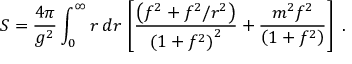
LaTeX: S = { \frac { 4 \pi } { g ^ { 2 } } } \int _ { 0 } ^ { \infty } r \, d r \, \left[ { \frac { \left( f ^ { 2 } + f ^ { 2 } / r ^ { 2 } \right) } { \left( 1 + f ^ { 2 } \right) ^ { 2 } } } + { \frac { m ^ { 2 } f ^ { 2 } } { \left( 1 + f ^ { 2 } \right) } } \right] ~ .